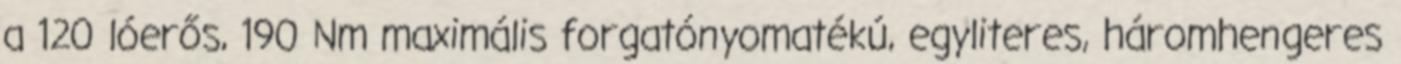
a 120 lóerős, 190 Nm maximális forgatónyomatékú, egyliteres, háromhengeres